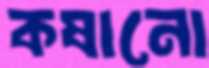
কষানো